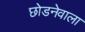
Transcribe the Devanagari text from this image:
छोडनेवाला